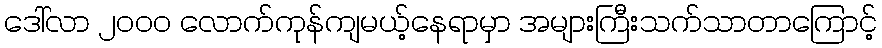
ဒေါ်လာ ၂၀၀၀ လောက်ကုန်ကျမယ့်နေရာမှာ အများကြီးသက်သာတာကြောင့်